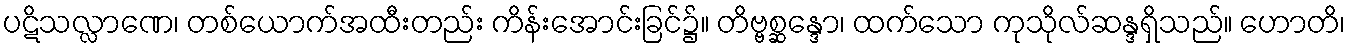
ပဋိသလ္လာဏေ၊ တစ်ယောက်အထီးတည်း ကိန်းအောင်းခြင်၌။ တိဗ္ဗစ္ဆန္ဒော၊ ထက်သော ကုသိုလ်ဆန္ဒရှိသည်။ ဟောတိ၊